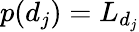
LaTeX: p(d_{j})=L_{d_{j}}